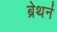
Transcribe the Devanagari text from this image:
ब्रेथर्न